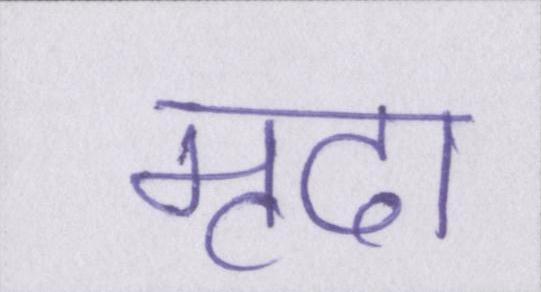
मृदा